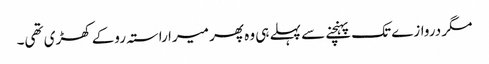
مگر دروازے تک پہنچنے سے پہلے ہی وہ پھر میرا راستہ روکے کھڑی تھی۔